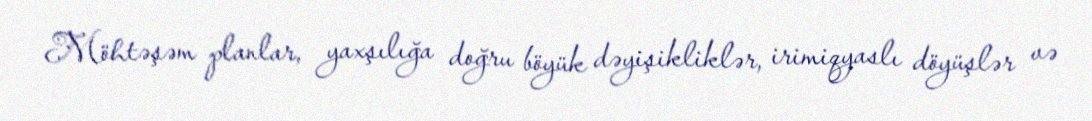
Möhtəşəm planlar, yaxşılığa doğru böyük dəyişikliklər, irimiqyaslı döyüşlər və